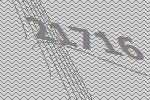
21716